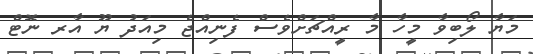
މަޔާ ލޯބިވާ މީހާ މާ ރީއްޗަށްވެސް ފެނިއްޖެ މިއަދު ޔޫ އާރ ނޮޓް